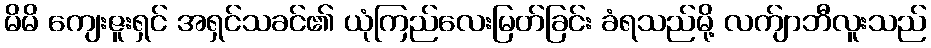
မိမိ ကျေးဇူးရှင် အရှင်သခင်၏ ယုံကြည်လေးမြတ်ခြင်း ခံရသည်မို့ လက်ျာဘီလူးသည်